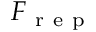
F _ { \mathrm { ~ r ~ e ~ p ~ } }